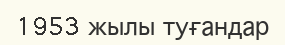
1953 жылы туғандар